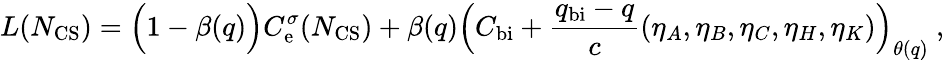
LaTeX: L(N_{\mathrm{CS}})=\Bigl(1-\beta(q)\Bigr)C_{\mathrm{e}}^{\sigma}(N_{\mathrm{CS}})+\beta(q)\Bigl(C_{\mathrm{bi}}+{\frac{q_{\mathrm{bi}}-q}{c}}(\eta_{A},\eta_{B},\eta_{C},\eta_{H},\eta_{K})\Bigr)_{\theta(q)}\ ,